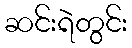
ဆင်းရဲတွင်း